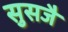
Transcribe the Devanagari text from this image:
सुसजै